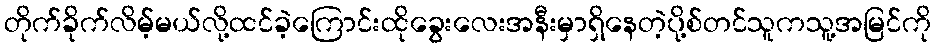
တိုက်ခိုက်လိမ့်မယ်လို့ထင်ခဲ့ကြောင်းထိုခွေးလေးအနီးမှာရှိနေတဲ့ပို့စ်တင်သူကသူ့အမြင်ကို